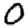
Digit: 0